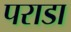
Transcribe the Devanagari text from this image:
पराडा